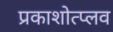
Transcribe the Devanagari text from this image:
प्रकाशोत्प्लव